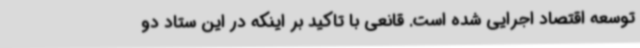
توسعه اقتصاد اجرایی شده است. قانعی با تاکید بر اینکه در این ستاد دو